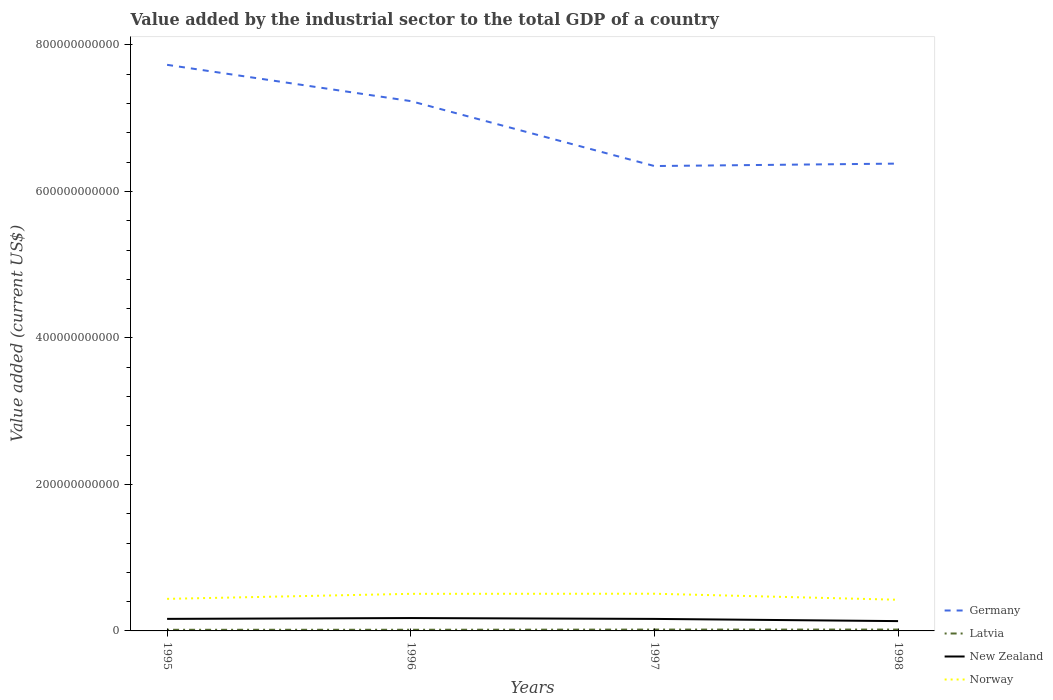
| Years | Germany | Latvia | New Zealand | Norway |
 | --- | --- | --- | --- | --- |
 | 1995 | 7.73e+11 | 1.55e+09 | 1.64e+10 | 4.38e+10 |
 | 1996 | 7.23e+11 | 1.59e+09 | 1.76e+10 | 5.06e+10 |
 | 1997 | 6.35e+11 | 1.83e+09 | 1.64e+10 | 5.08e+10 |
 | 1998 | 6.38e+11 | 1.85e+09 | 1.34e+10 | 4.25e+10 |